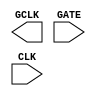
/**
 * Copyright 2020 The SkyWater PDK Authors
 *
 * Licensed under the Apache License, Version 2.0 (the "License");
 * you may not use this file except in compliance with the License.
 * You may obtain a copy of the License at
 *
 *     https://www.apache.org/licenses/LICENSE-2.0
 *
 * Unless required by applicable law or agreed to in writing, software
 * distributed under the License is distributed on an "AS IS" BASIS,
 * WITHOUT WARRANTIES OR CONDITIONS OF ANY KIND, either express or implied.
 * See the License for the specific language governing permissions and
 * limitations under the License.
 *
 * SPDX-License-Identifier: Apache-2.0
 */

`ifndef SKY130_FD_SC_LS__DLCLKP_BLACKBOX_V
`define SKY130_FD_SC_LS__DLCLKP_BLACKBOX_V

/**
 * dlclkp: Clock gate.
 *
 * Verilog stub definition (black box without power pins).
 *
 * WARNING: This file is autogenerated, do not modify directly!
 */

`timescale 1ns / 1ps
`default_nettype none

(* blackbox *)
module sky130_fd_sc_ls__dlclkp (
    GCLK,
    GATE,
    CLK
);

    output GCLK;
    input  GATE;
    input  CLK ;

    // Voltage supply signals
    supply1 VPWR;
    supply0 VGND;
    supply1 VPB ;
    supply0 VNB ;

endmodule

`default_nettype wire
`endif  // SKY130_FD_SC_LS__DLCLKP_BLACKBOX_V